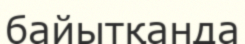
байытқанда